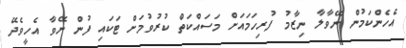
އެހެންކަމުން ނޭވާލާ ނިޒާމު ފުރިހަމައަށް މަސައްކަތް ކުރުވުމަށް ޓަކައި ފުން ނޭވާ އެހީވެދޭ